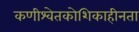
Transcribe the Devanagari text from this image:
कणीश्वेतकोशिकाहीनता